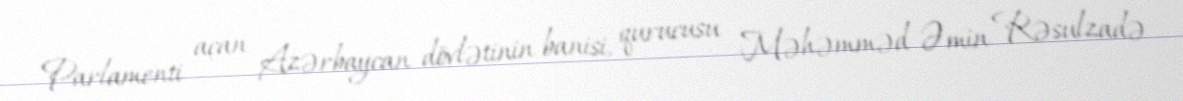
Parlamenti açan Azərbaycan dövlətinin banisi, qurucusu Məhəmməd Əmin Rəsulzadə